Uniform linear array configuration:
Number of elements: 4
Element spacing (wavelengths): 0.5
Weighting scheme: hamming
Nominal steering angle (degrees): -30
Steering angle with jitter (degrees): -31.76
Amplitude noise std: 0.05
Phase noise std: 0.05

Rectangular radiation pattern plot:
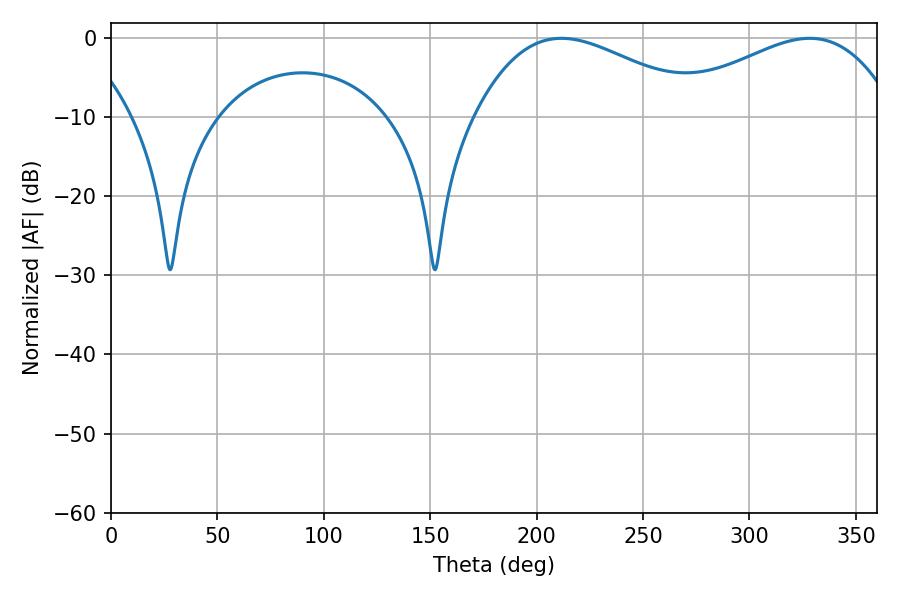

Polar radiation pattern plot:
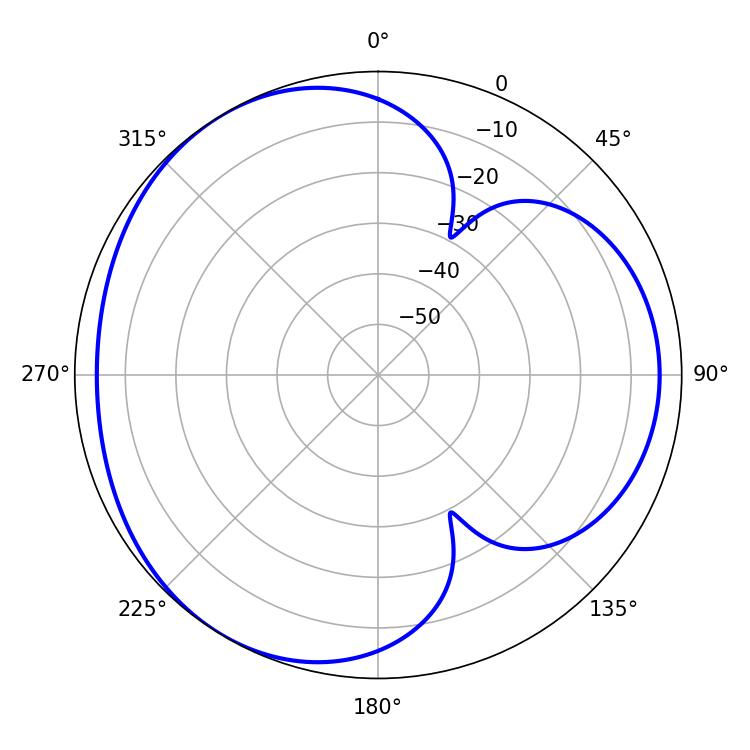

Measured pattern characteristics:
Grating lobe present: FALSE
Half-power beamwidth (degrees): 59.22
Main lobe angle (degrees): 211.68